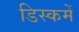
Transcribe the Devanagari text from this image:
डिस्कमें